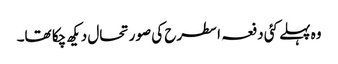
وہ پہلے کئی دفعہ اسطرح کی صورتحال دیکھ چکا تھا۔